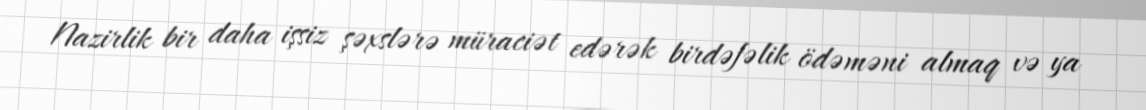
Nazirlik bir daha işsiz şəxslərə müraciət edərək birdəfəlik ödəməni almaq və ya